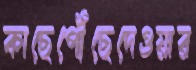
কাছেপৌঁছেদেওয়ার